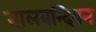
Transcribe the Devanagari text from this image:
नालबन्दियन